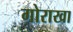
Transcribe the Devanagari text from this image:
गोराखा